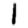
Digit: 1